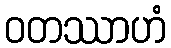
ဝတဿာဟံ